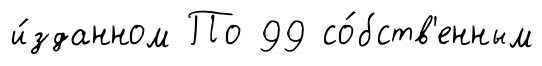
и́зданном По 99 со́бств'енным